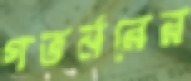
গভর্নরের